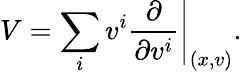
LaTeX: V=\sum_{i}\left.v^{i}{\frac{\partial}{\partial v^{i}}}\right|_{(x,v)}.